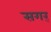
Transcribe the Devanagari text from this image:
सगर्